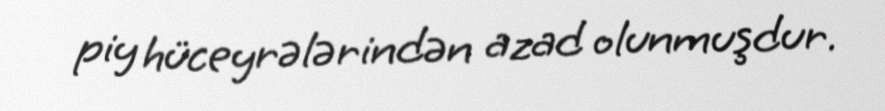
piy hüceyrələrindən azad olunmuşdur.